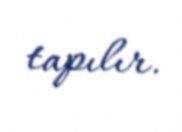
tapılır.